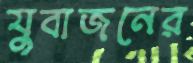
যুবাজনের